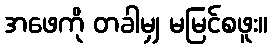
အဖေကို တခါမျှ မမြင်စဖူး။